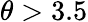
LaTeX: \theta>3.5